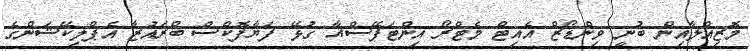
މޮޒިއްލާއިން ބުނީ ވިންޑޯޒް އެއިޓް މެޓްރޯ އިންޓަފޭސްއާ ގުޅޭ ފަޔާފޮކްސް ބްރައުޒާ އެޕްލިކޭޝަންގެ